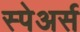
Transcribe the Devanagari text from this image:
स्पेअर्स